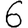
Digit: 6